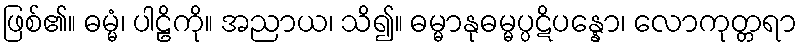
ဖြစ်၏။ ဓမ္မံ၊ ပါဠိကို။ အညာယ၊ သိ၍။ ဓမ္မာနုဓမ္မပ္ပဋိပန္နော၊ လောကုတ္တရာ